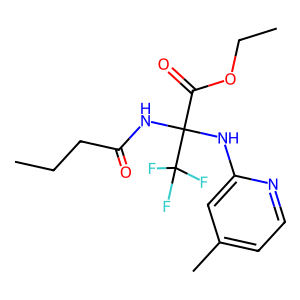
SMILES: CCCC(=O)NC(Nc1cc(C)ccn1)(C(=O)OCC)C(F)(F)F
Inhibits HIV replication: Yes